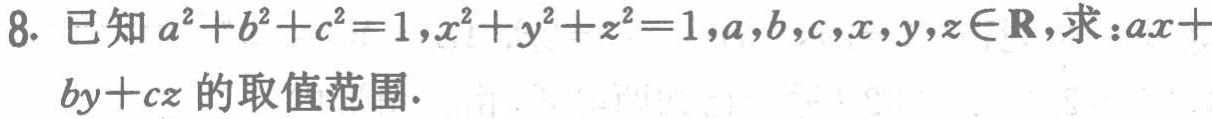
8. 已知$a^{2}+b^{2}+c^{2}=1,x^{2}+y^{2}+z^{2}=1,a,b,c,x,y,z\in\mathbf{R}$，求：$ax + by + cz$的取值范围.